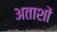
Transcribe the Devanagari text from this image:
अताशों